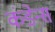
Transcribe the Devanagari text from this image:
कंडेन्स